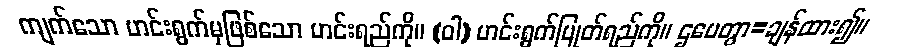
ကျက်သော ဟင်းရွက်မှဖြစ်သော ဟင်းရည်ကို။ (ဝါ) ဟင်းရွက်ပြုတ်ရည်ကို။ ဌပေတွာ=ချန်ထား၍။